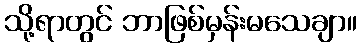
သို့ရာတွင် ဘာဖြစ်မှန်းမသေချာ။